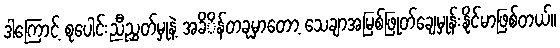
ဒါကြောင့် စုပေါင်းညီညွှတ်မှုနဲ့ အခိိန်တခုမှာတော့ သေချာအမြစ်ဖြုတ်ချေမှုန်းနိုင်မာဖြစ်တယ်။